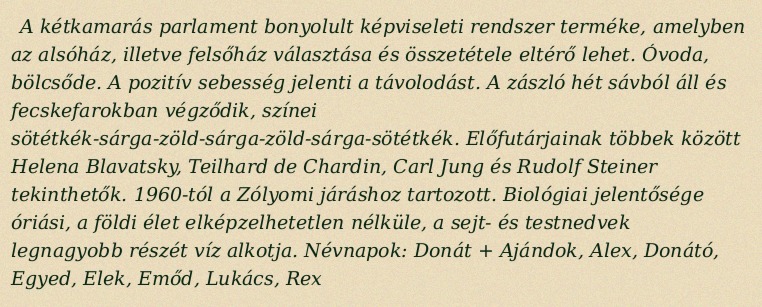
A kétkamarás parlament bonyolult képviseleti rendszer terméke, amelyben az alsóház, illetve felsőház választása és összetétele eltérő lehet. Óvoda, bölcsőde. A pozitív sebesség jelenti a távolodást. A zászló hét sávból áll és fecskefarokban végződik, színei sötétkék-sárga-zöld-sárga-zöld-sárga-sötétkék. Előfutárjainak többek között Helena Blavatsky, Teilhard de Chardin, Carl Jung és Rudolf Steiner tekinthetők. 1960-tól a Zólyomi járáshoz tartozott. Biológiai jelentősége óriási, a földi élet elképzelhetetlen nélküle, a sejt- és testnedvek legnagyobb részét víz alkotja. Névnapok: Donát + Ajándok, Alex, Donátó, Egyed, Elek, Emőd, Lukács, Rex